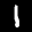
Label: 1